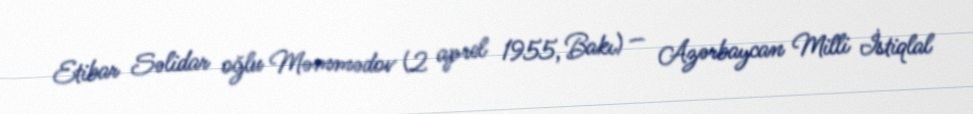
Etibar Səlidar oğlu Məmmədov (2 aprel 1955, Bakı) — Azərbaycan Milli İstiqlal